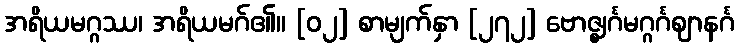
အရိယမဂ္ဂဿ၊ အရိယမဂ်၏။ [၀၂] စာမျက်နှာ [၂၇၂] ဗောဇ္ဈင်္ဂမဂ္ဂင်္ဂဈာနင်္ဂ